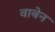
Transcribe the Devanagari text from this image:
वाबेन